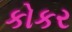
કોકર